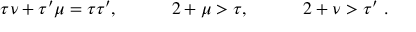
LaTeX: \tau \nu + \tau ^ { \prime } \mu = \tau \tau ^ { \prime } , \quad \qquad 2 + \mu > \tau , \quad \qquad 2 + \nu > \tau ^ { \prime } \, \, .